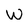
Character: W